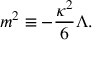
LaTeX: m ^ { 2 } \equiv - \frac { \kappa ^ { 2 } } { 6 } \Lambda .